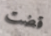
قضت